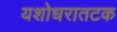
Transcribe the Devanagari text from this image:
यशोधरातटक